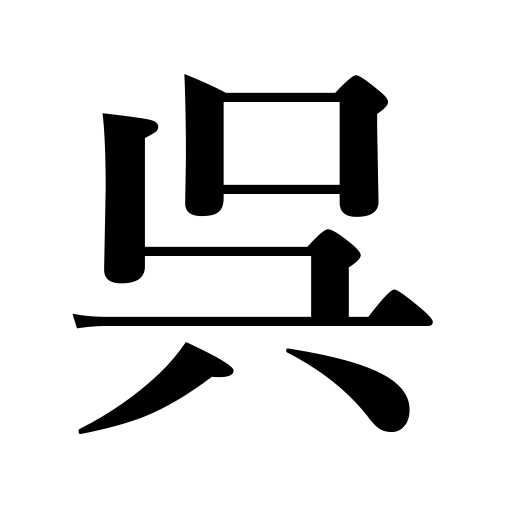
Meanings: give,do something for